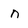
Character: n